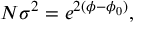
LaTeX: N \sigma ^ { 2 } = e ^ { 2 ( \phi - \phi _ { 0 } ) } ,